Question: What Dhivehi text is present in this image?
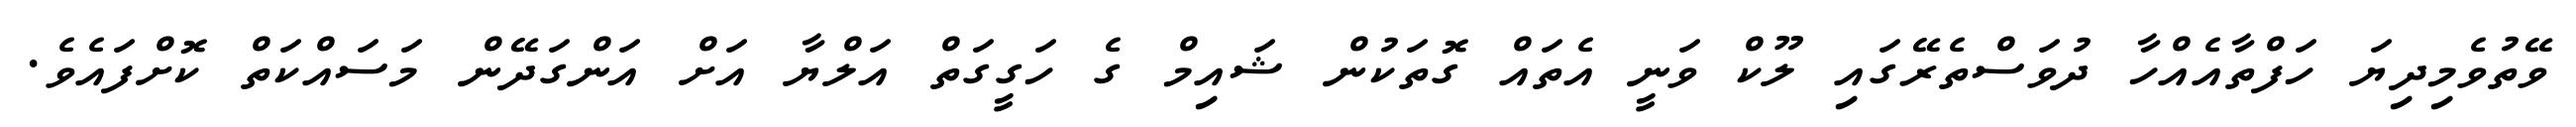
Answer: ވޭތުވެމިދިޔަ ހަފްތާއެއްހާ ދުވަސްތެރޭގައި ލޫކް ވަނީ އެތައް ގޮތަކުން ޝައިމް ގެ ހަގީގަތް އަލްޔާ އަށް އަންގަދޭން މަސައްކަތް ކޮށްފައެވެ.